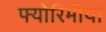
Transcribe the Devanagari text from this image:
फ्योरिमीया